Annual report of the Imperial Bacteriological Laboratory, Muktesar
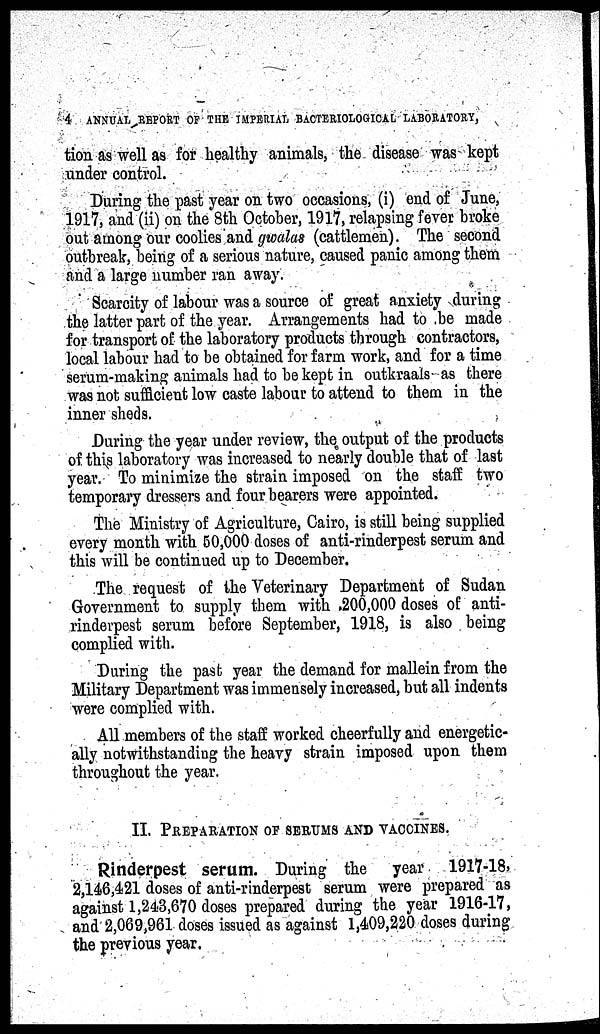
4 ANNUAL REPORT OF THE IMPERIAL BACTERIOLOGICAL LABORATORY,
tion as well as for healthy animals, the disease was kept
under control.
During the past year on two occasions, (i) end of June,
1917, and (ii) on the 8th October, 1917, relapsing fever broke
out among our coolies and gwalas (cattlemen). The second
outbreak, being of a serious nature, caused panic among them
and a large number ran away.
Scarcity of labour was a source of great anxiety during
the latter part of the year. Arrangements had to be made
for transport of the laboratory products through contractors,
local labour had to be obtained for farm work, and for a time
serum-making animals had to be kept in outkraals as there
was not sufficient low caste labour to attend to them in the
inner sheds.
During the year under review, the output of the products
of this laboratory was increased to nearly double that of last
year. To minimize the strain imposed on the staff two
temporary dressers and four bearers were appointed.
The Ministry of Agriculture, Cairo, is still being supplied
every month with 50,000 doses of anti-rinderpest serum and
this will be continued up to December.
The request of the Veterinary Department of Sudan
Government to supply them with 200,000 doses of anti-
rinderpest serum before September, 1918, is also being
complied with.
During the past year the demand for mallein from the
Military Department was immensely increased, but all indents
were complied with.
All members of the staff worked cheerfully and energetic-
ally notwithstanding the heavy strain imposed upon them
throughout the year.
II. PREPARATION OF SERUMS AND VACCINES.
Rinderpest serum. During the year 1917-18,
2,146,421 doses of anti-rinderpest serum were prepared as
against 1,243,670 doses prepared during the year 1916-17,
and 2,069,961 doses issued as against 1,409,220 doses during
the previous year.